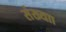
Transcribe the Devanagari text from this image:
संख्याा